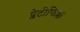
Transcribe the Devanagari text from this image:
प्लेटीफिल्ला